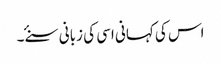
اس کی کہانی اسی کی زبانی سنۓ ۔